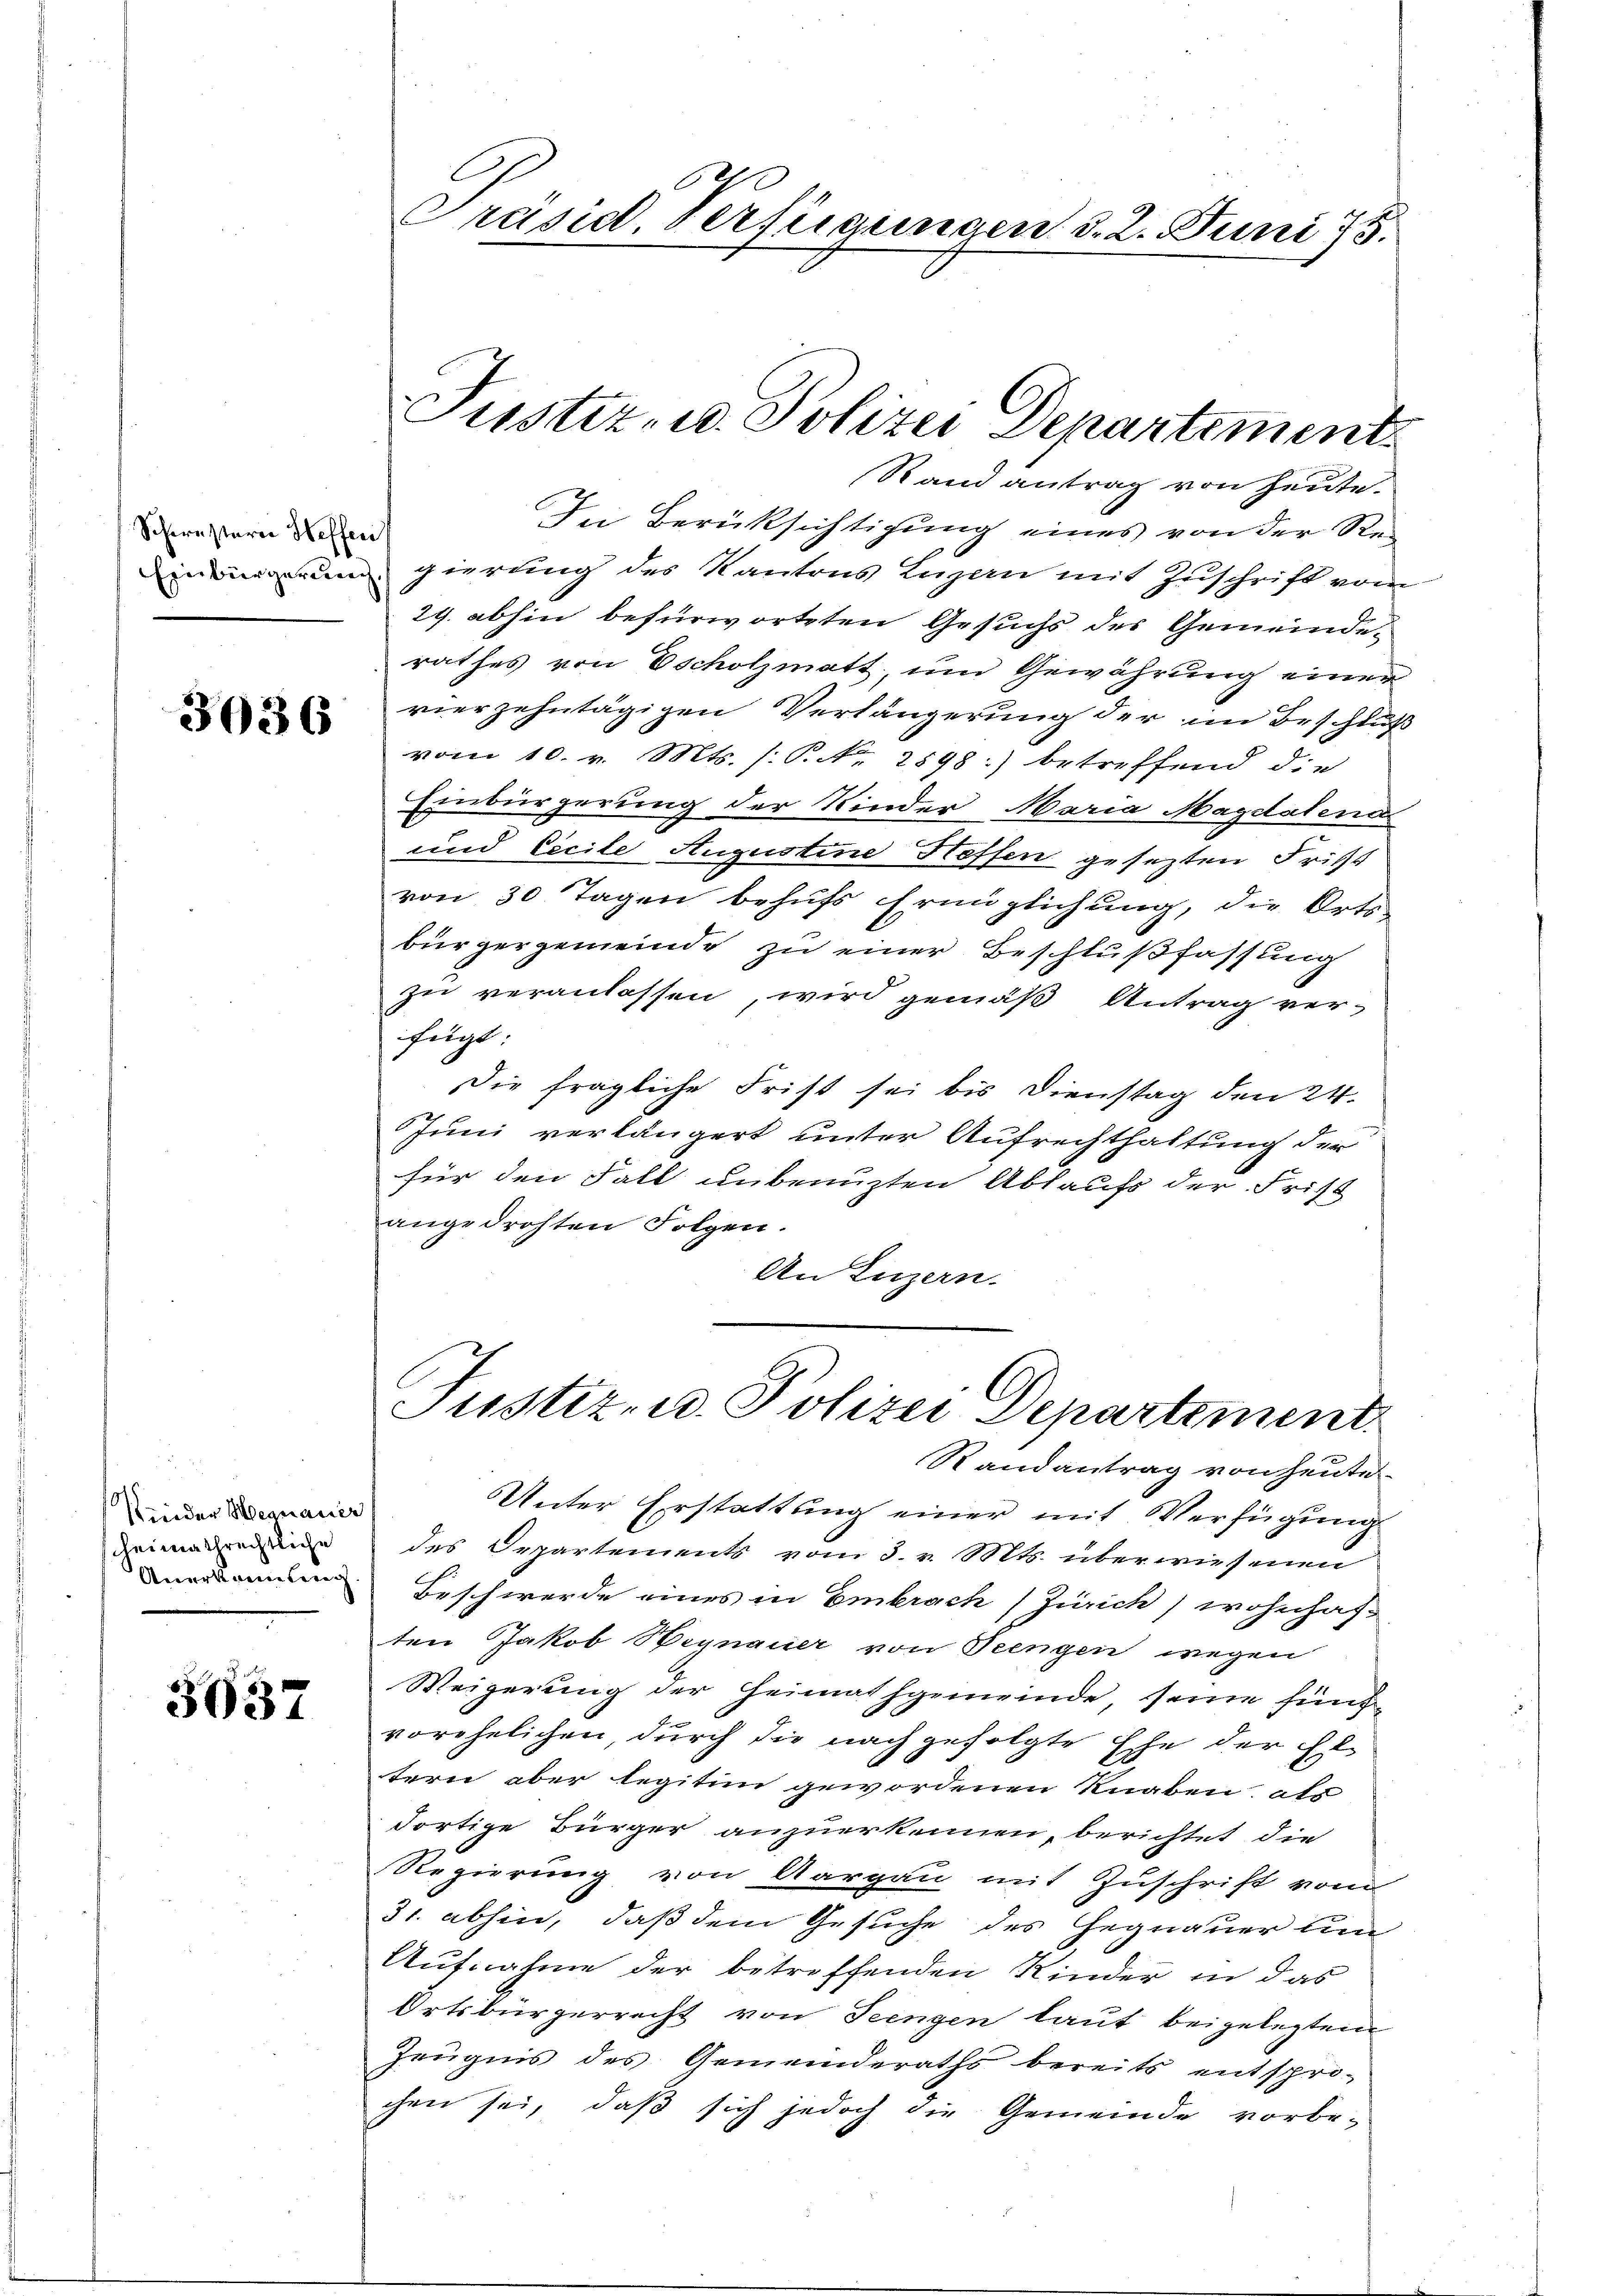
Schwesterie Heffen

3036

Wieder Wegnauer
heimathrechtliche
Anerkennung

3637

Präsid. Verfügungen d. 2. Juni 15.

Rand antrag von heute.
In Berücksichtigung eines von der Re¬
u gierung des Kantons Lugan mit Zuschrift vom
29. abhin befürworteten Gesuchs des Gemeinderathes von Escholzmatt, um Gewährung einer
vierzehntägigen Verlängerung der im Beschluß
vom 10. v. Mts. (: P. Nr. 2898:) betreffend die
Einbürgerung der Kinder Maria Magdalena
und Cicile Augustine Hoffen gesezten Frist
von 30 Tagen behufs Ermüzlichung, die Orts-
bürgergemeinde zu einer Beschlußfassung
zu veranlassen, wird gemäß Antrag ver-
fügt:
Die fragliche Frist sei bis Dienstag den 24.
Juni verlängert unter Aufrechthaltung der
für den Fall unbenuzten Abkaufs der Frist
angedrohten Folgen.
An Luzern.
Justiz- u. Polizei Departement
Randantrag von heute
Unter Erstattung einer mit Verfügung
des Departements vom 3. v. Mts. überwiesenen
Beschwerde eines in Embrach (Zürich) wohnhaften Jakob Begnauer von Seengen wegen
Weigerung der Heimathgemeinde seine fünf-
vorehelichen, durch die nachgefolgte Ehe der El
tern aber legitim gewordenen Knaben, als
dortige Bürger anzuerkennen, berichtet die
Regierung von Aargau mit Zuschrift vom
31. abhin, daß dem Gesuche des Hegnauer um
Aufnahme der betreffenden Kinder in das
Ortsbürgerrecht von Seengen laut beigelegten
Zeugnis des Gemeinderaths bereits entspro-
chen sei, daß sich jedoch die Gemeinde vorbe-

Justiz- u. Polizei Departement